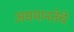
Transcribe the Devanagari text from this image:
असमानतेचे